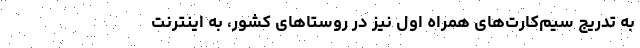
به تدریج سیم‌کارت‌های همراه اول نیز در روستاهای کشور، به اینترنت